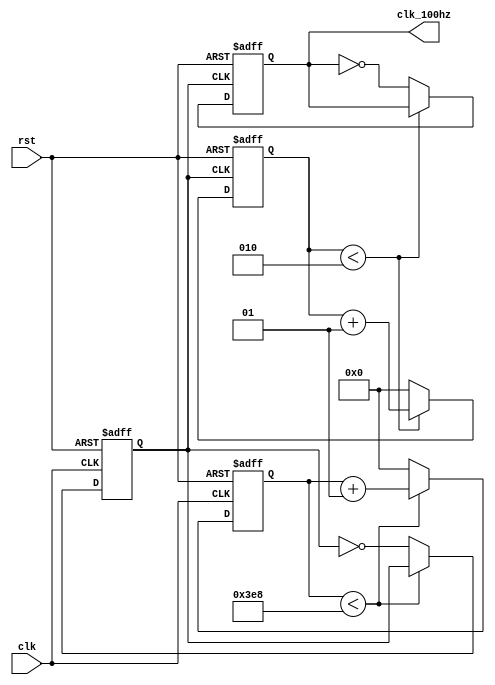
`timescale 1ns / 1ps
//////////////////////////////////////////////////////////////////////////////////
// Company: 
// Engineer: 
// 
// Design Name: 
// Module Name: gen_clk_100hz
// Project Name: 
// Target Devices: 
// Tool Versions: 
// Description: 
// 
// Dependencies: 
// 
// Revision:
// Revision 0.01 - File Created
// Additional Comments:
// 
//////////////////////////////////////////////////////////////////////////////////


module gen_clk_100hz(
    input clk, rst,
    output reg clk_100hz
    );
    // 1Mhz clk 100hz 
    //  100hz  cnt  bit   1khz  100hz 

    // 1khz clk
    //  1000 
    // parameter clk_1khz_limit = 2;
    parameter clk_1khz_limit = 1000;
    integer cnt_1khz;

    // 100hz clk
    //  500 
    parameter clk_100hz_limit = 2;
    integer cnt_100hz;

    reg clk_1khz;

    always @(negedge rst, posedge clk) begin
        if (!rst) begin
            cnt_1khz <= 0;
            clk_1khz = 0;
        end 
        else if (cnt_1khz < clk_1khz_limit) begin
            cnt_1khz <= cnt_1khz + 1;
        end 
        else begin
            cnt_1khz <= 0;
            clk_1khz <= ~clk_1khz;
        end
    end

    always @(negedge rst, posedge clk_1khz) begin
        if (!rst) begin
            cnt_100hz <= 0;
            clk_100hz <= 0;
        end 
        else if (cnt_100hz < clk_100hz_limit) begin
            cnt_100hz <= cnt_100hz + 1;
        end 
        else begin
            cnt_100hz <= 0;
            clk_100hz <= ~clk_100hz;
        end
    end
endmodule